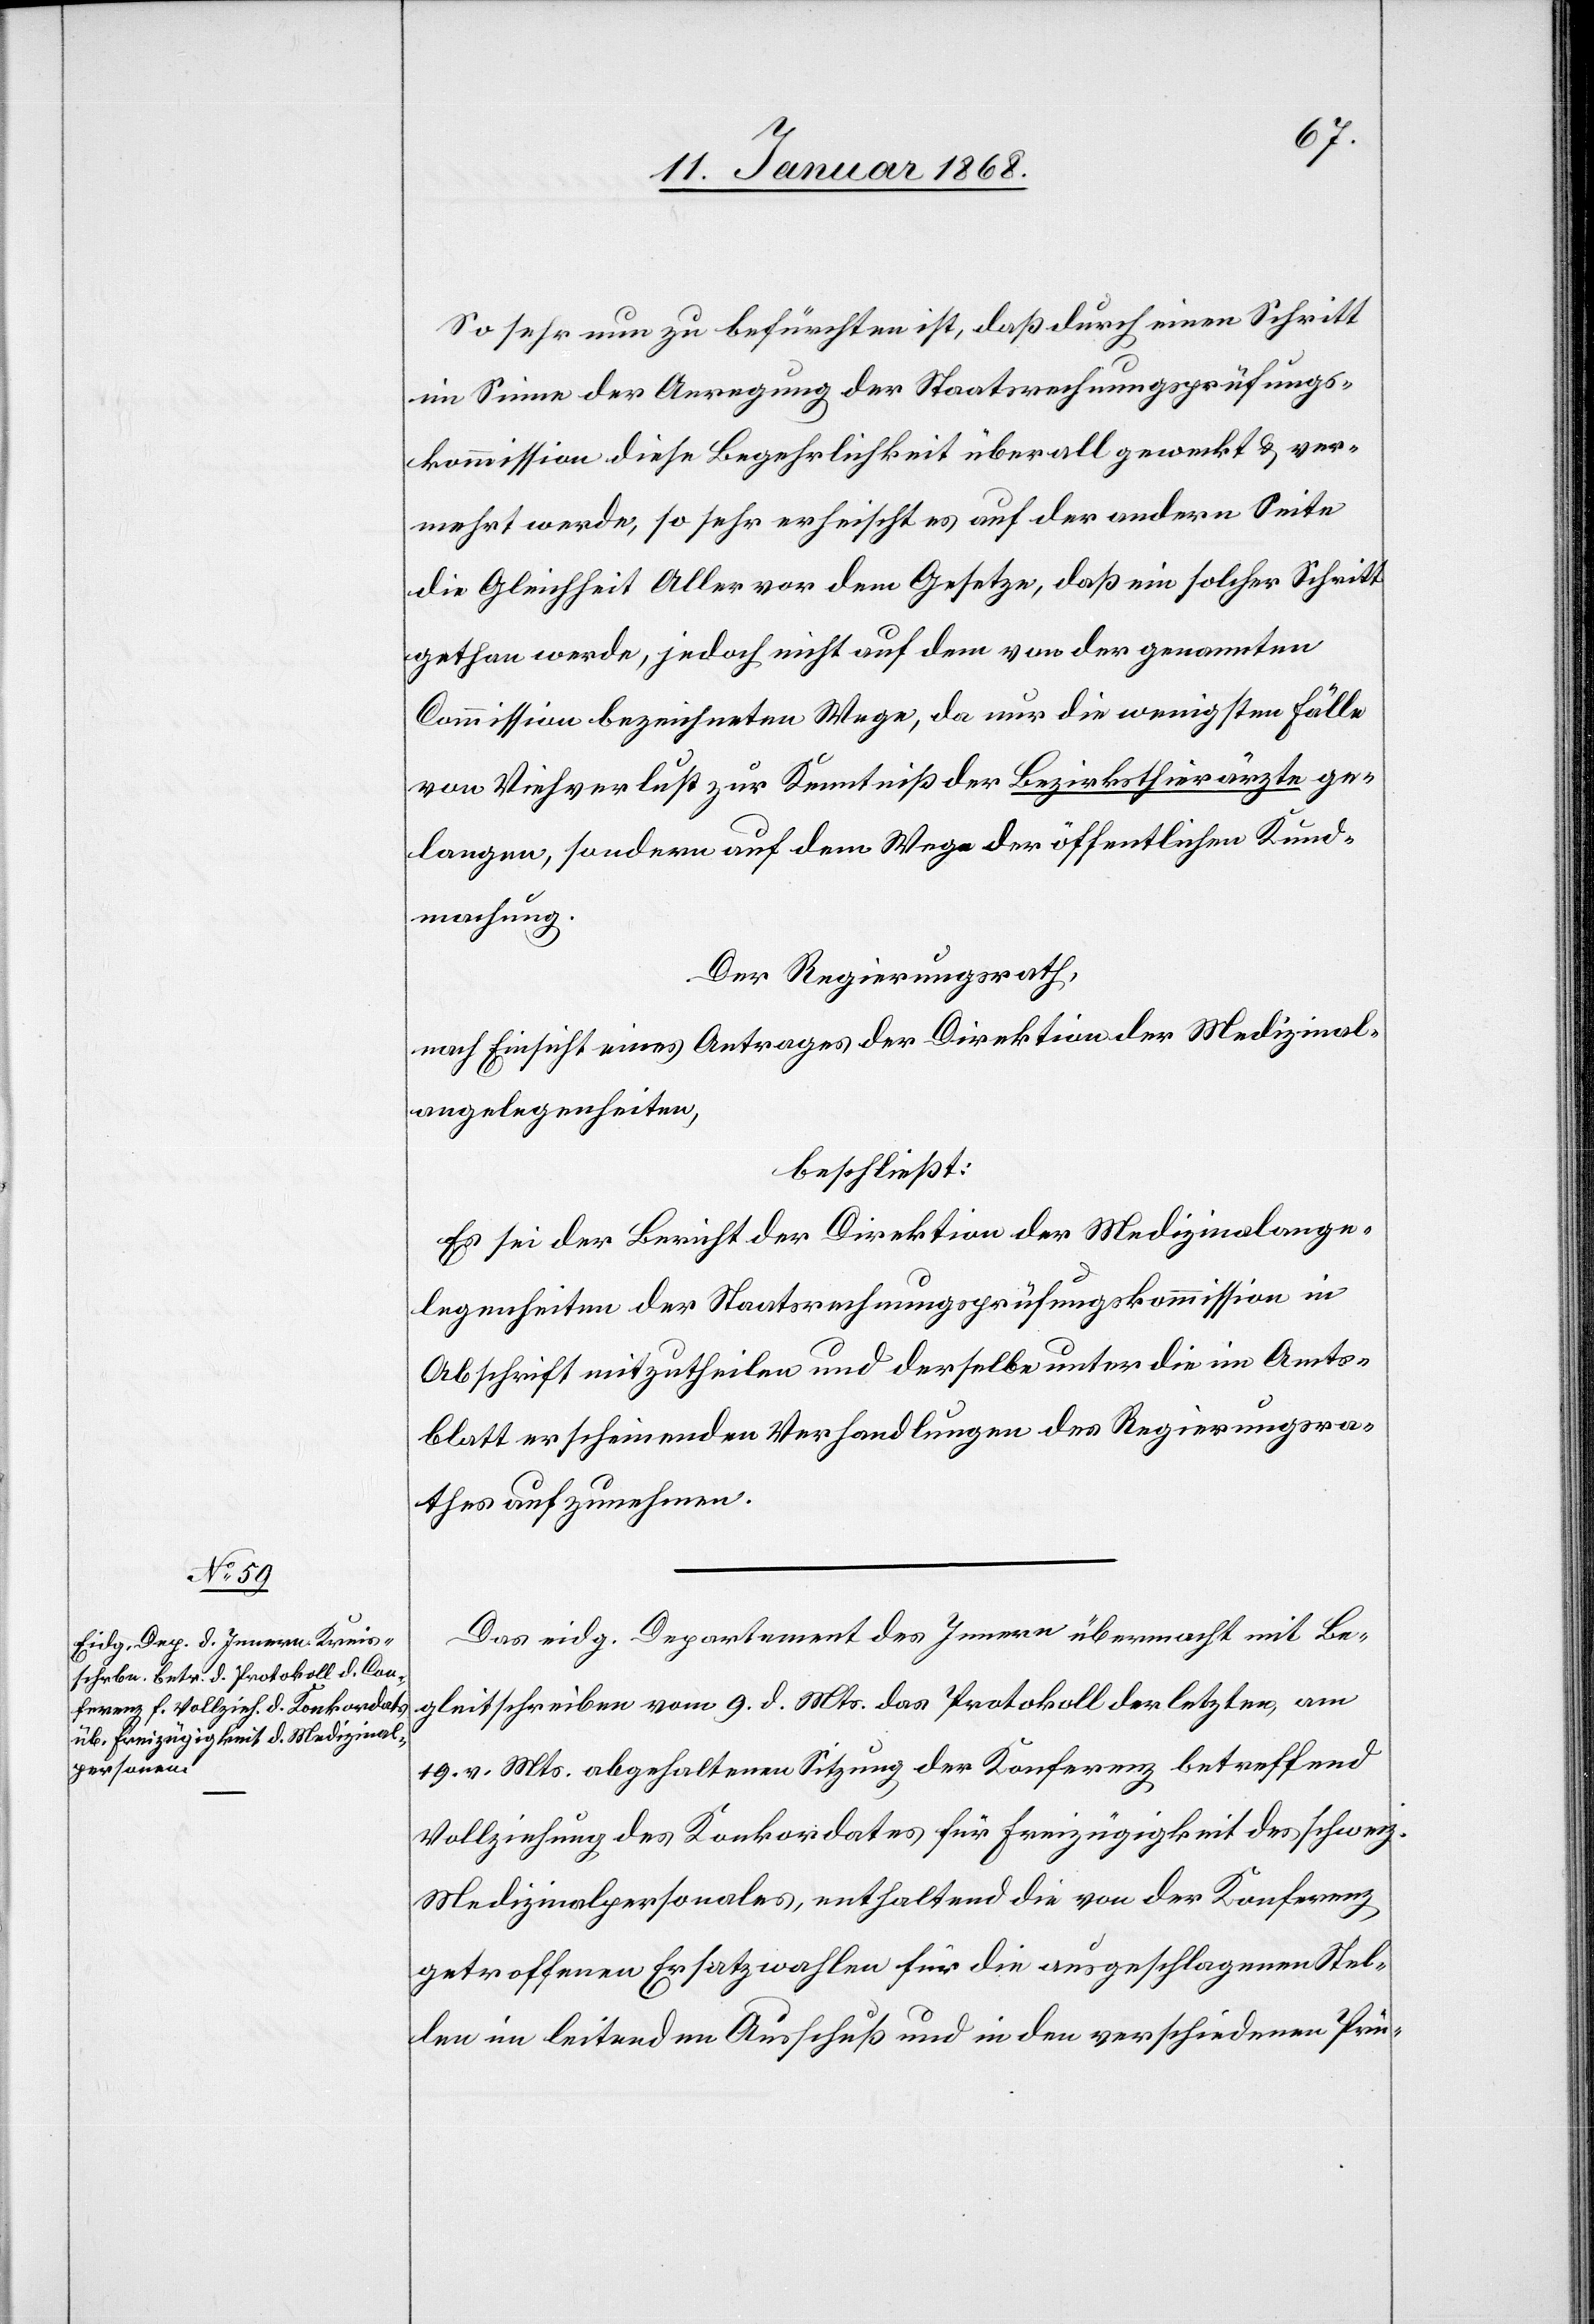
So sehr nun zu befürchten ist, daß durch einen Schritt
im Sinne der Anregung der Staatsrechnungsprüfungs¬
kommission diese Begehrlichkeit überall geweckt & ver¬
mehrt werde, so sehr erheischt es auf der andern Seite
die Gleichheit Aller vor dem Gesetze, daß ein solcher Schritt
gethan werde, jedoch nicht auf dem von der genannten
Commission bezeichneten Wege, da nur die wenigsten Fälle
von Viehverlust zur Kenntniß der Bezirksthierärzte ge¬
langen, sondern auf dem Wege der öffentlichen Kund¬
machung.
Der Regierungsrath,
nach Einsicht eines Antrages der Direktion der Medizinal¬
angelegenheiten,
beschließt:
Es sei der Bericht der Direktion der Medizinalange¬
legenheiten der Staatsrechnungsprüfungskommission in
Abschrift mitzutheilen und derselbe unter die im Amts¬
blatt erscheinenden Verhandlungen des Regierungsra¬
thes aufzunehmen.
Das eidg. Departement des Innern übermacht mit Be¬
gleitschreiben vom 9. d. Mts. das Protokoll der letzten, am
19. v. Mts. abgehaltenen Sitzung der Konferenz betreffend
Vollziehung des Konkordates für Freizügigkeit des schweiz.
Medizinalpersonales, enthaltend die von der Konferenz
getroffenen Ersatzwahlen für die ausgeschlagenen Stel¬
len im leitenden Ausschuß und in den verschiedenen Prü-